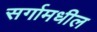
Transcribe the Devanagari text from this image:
सर्गामधील